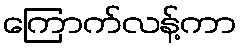
ကြောက်လန့်ကာ